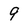
Character: 9